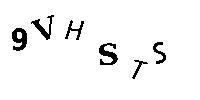
9VHSTS